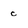
Character: c